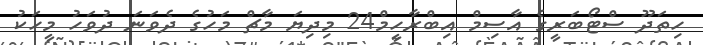
ހިތަދޫ ސްޓޯބަރީގެ އާސިމް އިބްރާހީމް24 މިދިޔަ މާޗް މަހުގެ ދެވަނަ ދުވަހު މީހަކު